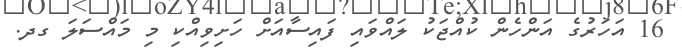
16 އަހަރުގެ އަންހެން ކުއްޖަކު ލައްވައި ފައިސާއަށް ހަށިވިއްކި މި މައްސަލަ ގދ.